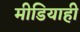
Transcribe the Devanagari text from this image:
मीडियाही